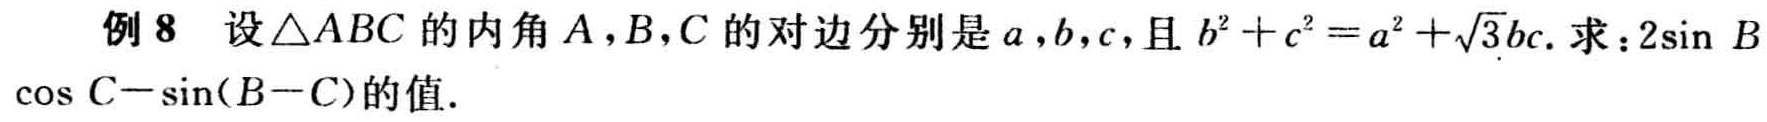
例8 设$\triangle ABC$的内角$A,B,C$的对边分别是$a,b,c$，且$b^{2}+c^{2}=a^{2}+\sqrt{3}bc$. 求：$2\sin B\cos C - \sin(B - C)$的值.